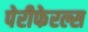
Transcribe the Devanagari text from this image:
पेरीफेरल्स